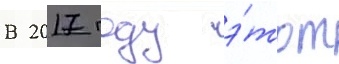
В 2017 году э́тот